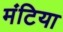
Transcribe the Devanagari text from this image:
मंटिया